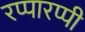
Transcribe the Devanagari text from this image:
रप्पारप्पी